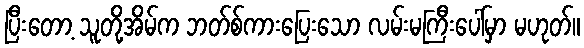
ပြီးတော့ သူတို့အိမ်က ဘတ်စ်ကားပြေးသော လမ်းမကြီးပေါ်မှာ မဟုတ်။